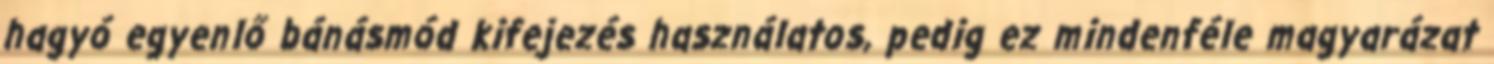
hagyó egyenlő bánásmód kifejezés használatos, pedig ez mindenféle magyarázat